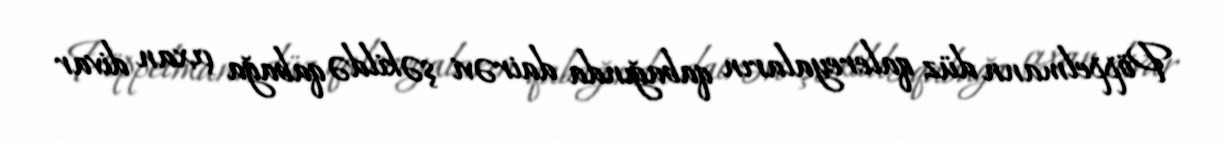
Pöppelmann düz qalereyaların qabağında dairəvi şəkildə qabağa çıxan divar